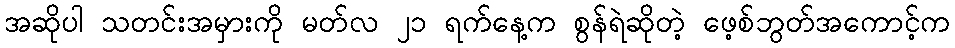
အဆိုပါ သတင်းအမှားကို မတ်လ ၂၁ ရက်နေ့က စွန်ရဲဆိုတဲ့ ဖေ့စ်ဘွတ်အကောင့်က